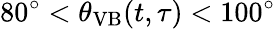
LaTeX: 80^{\circ}<\theta_{\mathrm{VB}}(t,\tau)<100^{\circ}